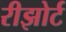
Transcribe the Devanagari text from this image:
रीझोर्ट